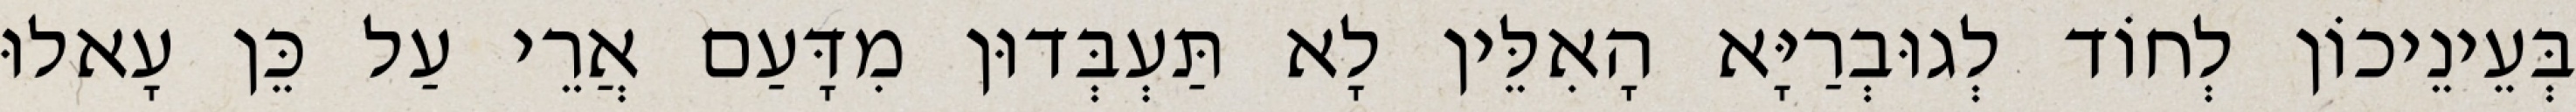
בְּעֵינֵיכוֹן לְחוֹד לְגוּבְרַיָּא הָאִלֵּין לָא תַּעְבְּדוּן מִדָּעַם אֲרֵי עַל כֵּן עָאלוּ